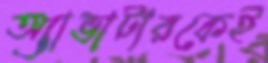
অ্যাভাটারকেই